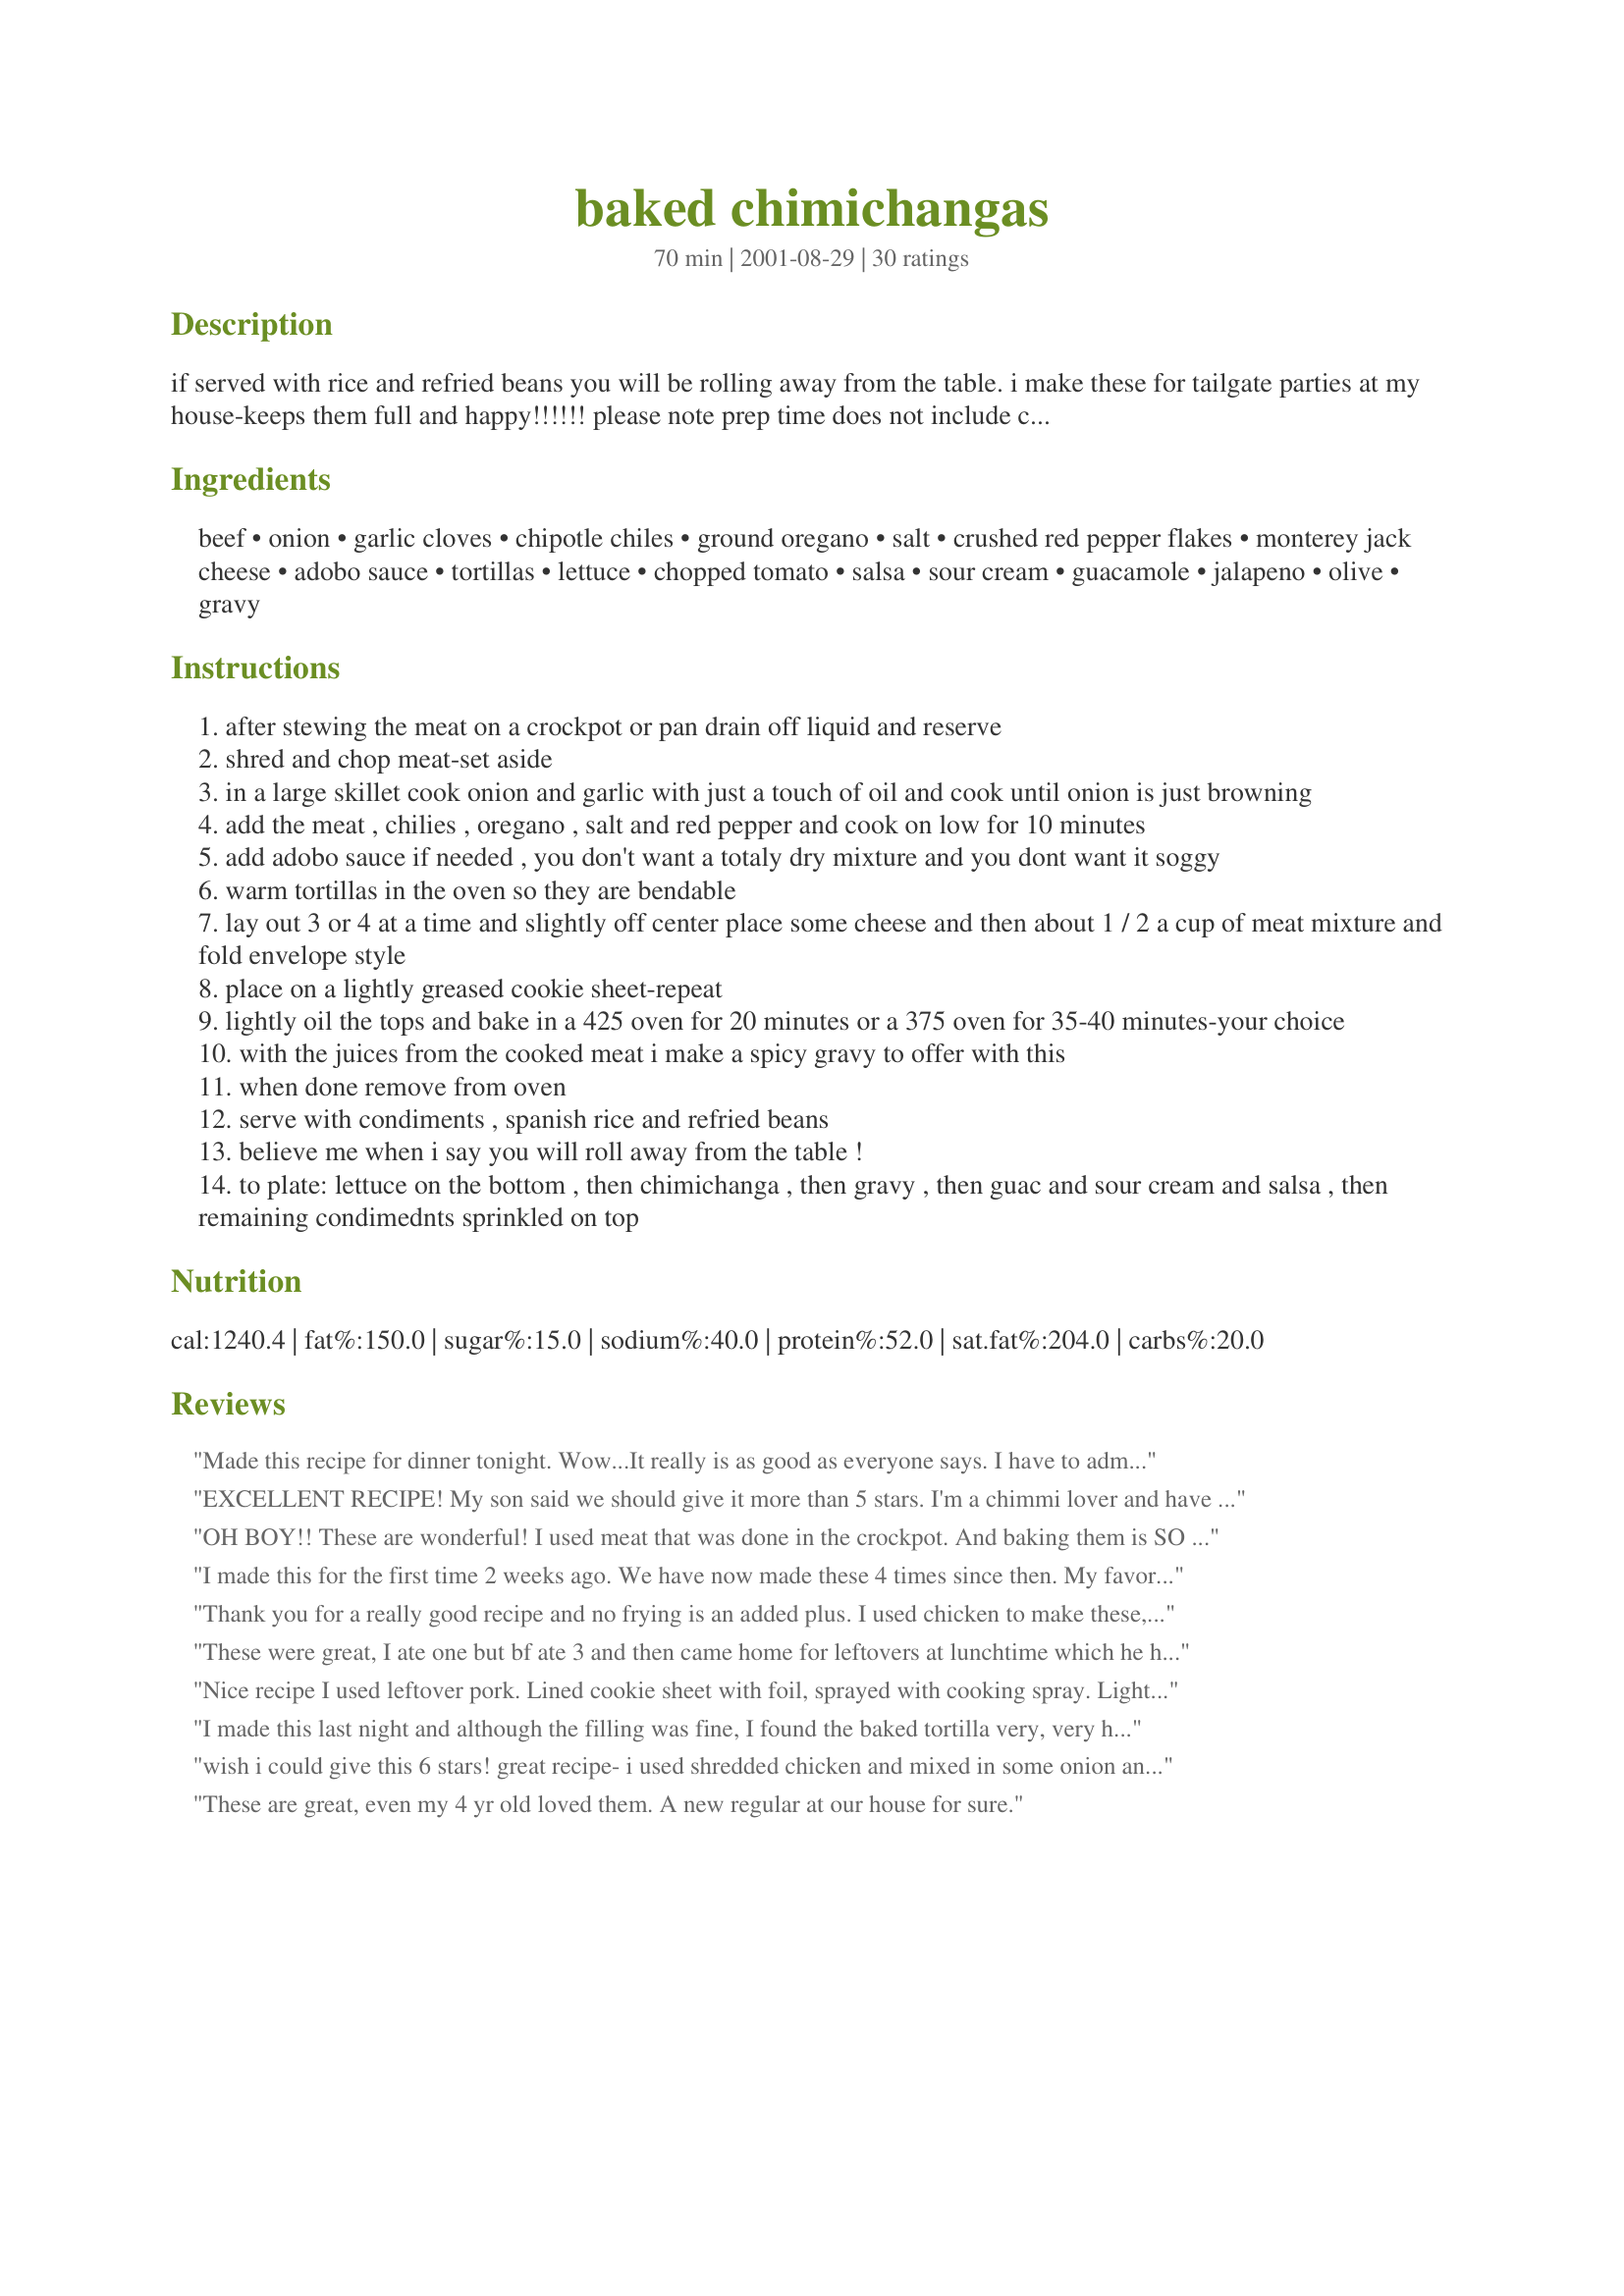
baked chimichangas
Preparation time: 70 minutes

if served with rice and refried beans you will be rolling away from the table. i make these for tailgate parties at my house-keeps them full and happy!!!!!! please note prep time does not include cooking the meat, which can be done a day in advance.

Ingredients:
beef, onion, garlic cloves, chipotle chiles, ground oregano, salt, crushed red pepper flakes, monterey jack cheese, adobo sauce, tortillas, lettuce, chopped tomato, salsa, sour cream, guacamole, jalapeno, olive, gravy

Steps:
after stewing the meat on a crockpot or pan drain off liquid and reserve
shred and chop meat-set aside
in a large skillet cook onion and garlic with just a touch of oil and cook until onion is just browning
add the meat , chilies , oregano , salt and red pepper and cook on low for 10 minutes
add adobo sauce if needed , you don't want a totaly dry mixture and you dont want it soggy
warm tortillas in the oven so they are bendable
lay out 3 or 4 at a time and slightly off center place some cheese and then about 1 / 2 a cup of meat mixture and fold envelope style
place on a lightly greased cookie sheet-repeat
lightly oil the tops and bake in a 425 oven for 20 minutes or a 375 oven for 35-40 minutes-your choice
with the juices from the cooked meat i make a spicy gravy to offer with this
when done remove from oven
serve with condiments , spanish rice and refried beans
believe me when i say you will roll away from the table !
to plate: lettuce on the bottom , then chimichanga , then gravy , then guac and sour cream and salsa , then remaining condimednts sprinkled on top

Reviews:
Made this recipe for dinner tonight. Wow...It really is as good as everyone says. I have to admit.....had to omit the chipotle chiles (didn't have any) but used some green chiles and some chopped jalapenos. Otherwise, made the recipe exactly as written. I used a left-over roast beef (shredded) and served with lettuce, tomatoes. chopped onions and picante sauce, and a side of spicy beans. Wonderful meal.....thank you.
EXCELLENT RECIPE! My son said we should give it more than 5 stars. I'm a chimmi lover and have never made them at home - this recipe is great. I cooked a small chuck roasts with some beef broth in the crock pot the day before and putting the rest together the next day was a breeze. The fact that it is baked instead of fried is a real bonus. I made a beef gravy with the juices from the roast with cayenne pepper and it topped the chimmi very well. These will be made again and again.
OH BOY!! These are wonderful! I used meat that was done in the crockpot. And baking them is SO much easier than frying. Served the way you suggested, and yes..I'm still full!!(Made them Sat. night)LOL..Thanks for a real keeper.
I made this for the first time 2 weeks ago. We have now made these 4 times since then. My favorite thing to get in Mexican restaurants is Chimichangas, but this way I'm sure is much healthier and in my opinion just as tasty. If you prefer not so spicy dishes, you may want to consider eliminating the red pepper.
Thank you for a really good recipe and no frying is an added plus. I used chicken to make these, but will try with beef next time! A definete KEEPER! Very nice. Sorry for the long delay in submitting this review, but I have finally gotten around to doing some of these review and I apologize. ;(
These were great, I ate one but bf ate 3 and then came home for leftovers at lunchtime which he hardly ever does. I didn't know what kind of chillis were being referred to or the sauce. So I substituted with chilli powder and the burritto flavouring mix that came with the burritos.
Nice recipe
I used leftover pork.
Lined cookie sheet with foil, sprayed with cooking spray. Lightly coated chimi's with oil. 
I baked at 425 for about 12-15 min. took them out when lightly brown. Still crisp but tender. I will flash freeze extras and reheat at a later time :)
I made this last night and although the filling was fine, I found the baked tortilla very, very hard and flavorless. I baked at 375 for 35 minutes.
wish i could give this 6 stars! great recipe- i used shredded chicken and mixed in some onion and garlic cooking sauce when i sauted the onions- gave it a little more kick...also made a spicy gravy out of the drippings and chicken broth...the whole family loves them- even the 2 yr old :) thanks DiNeal!
These are great, even my 4 yr old loved them. A new regular at our house for sure.
I didn't follow the filling recipe since I was using what I had on hand, but I'm still rating a 5-star based on my results. I used a piece of pork shoulder roast that I had previously cooked. It had been seasoned with a cumin-chili powder- spice blend, seared and then slow cooked with sauteed onion, garlic and diced green chilies, with chicken broth and white wine as the liquid. I shredded the meat and added some of the cooked onion/peppers and about 1/4 C broth (for 2 chimichangas) and about 2 T of cilantro pesto (homemade, frozen in ice-cube trays), plus about 1/2 tsp ground cumin and then heated to absorb excess liquid. After that I followed the recipe instructions: I wrapped the tortillas in a terry towel and warmed them in the microwave on 10% power for about 10 minutes and they softened nicely. I used a mexican cheese blend (all white cheeses) with the filling and I sprayed the tops with PAM and baked them in a 425 oven about 18 minutes. It was the first time I'd made baked chimichangas, and I was impressed with the way they crisped with minimal fat. I served with spanish rice and black olives, sliced avocados and red peppers, and garnishes of sour cream, salsa, and Kraft Mexican 4 cheese blend. With the meat pre-cooked, it was a simple and quick dinner, and very tasty! I will definately be making these again!
Mmmmmm! These were delicious! Only used 2 chipotles with some adobo sauce and 1/4 tsp. red pepper flakes as my family doesn't like things too spicy. Just the right amount of heat for them. I cooked the meat in the crockpot with some adobo seasoning sprinkled on top. Very good flavor. The tortillas turn out nice and crispy without having to fry. DH took the leftovers for lunch today (he rarely does that). Thanks DiB!
I used carne asada taco meat (pre-chopped steaks), but this was actually one of the easiest, most tasty chimichanga recipes I've tried.
My family really enjoyed these! I sprayed them with cooking spray as mentioned by another member, and they turned out surprisingly crispy! Thanks for this recipe!
I made just as directed. Delicious!
The taste was very good, once you got thru the hard tortilla shell. Next time I will fry them
I tried this last night and it was delicious. I would love to have the recipe for the spicey gravey you serve over this.
I don't know what else to say about these Chimichangas, except they are scrumptious!! I made some for my GD's and myself. My DIL got a taste and threw me down and took my recipe!! She has been making them this way ever since. I had to print a new recipe. The recipe is simple, the reviews add some new twists, to a great meal. Thanks, Di, for posting a keeper like this.
jim
I can't believe I haven't reviewed this yet. It is a fantastic recipe. We must make it at least once a month and have for a couple of years. It turns out beautifully, with no fat. It's a keeper, and we've made it with all three meats. Thanks so much, Dib!!! As usual, your recipes rock.
i actually let the meat simmer in the gravy til it was almost gone and then I just topped it with lettuce, tomatoes, salsa, sour cream and my secret ingredient.... HONEY!!
Be still my heart, all 5 of my kids ate it. Even my picky one. I can't believe she tried it bc she kept declaring she wouldn't eat it while I was making it. She has gone to bed with literally not a bite of dinner bc she refused to eat what I made (and that's her choice. There is always breakfast), so I was certain this would be one of those nights. I can't taste anything because I have a cold, but I'm sold. I served it on coleslaw mix bc I like the crunch and it stands up to the heat. We also had guacamole and sour cream. I made my own tortillas. I wish I had added more cheese to each one bc I love cheese (not that I could taste it tonight...) or made a cheese sauce. I'd love to know which one the other reviewer made. I only used 1 pepper bc I wouldn't be able to taste how hot it was for the kids, but next time when I'm not sick, I'll see if that was enough, or if I want more. Thanks for a great recipe. This one is going in my book. That's serious.
Diana, these were fantastic! I have made chimichangas before but deep fried them. I like this recipe much better then my own. I served it on a bed of lettuce as suggested but topped it off with homemade green chili that I had frozen, diced tomatoes, guacamole and sour cream. Absolutly delicious with a side of refried beans and spanish rice.
*****EXCELLENT*****
This was a huge hit!! I used chicken - didn't quite get the "gravy" thing, but I added some of the chicken cooking broth to the chicken mixture and let it simmer - or otherwise I think it would have been too dry. I made it extra special by making the tortillas from scratch - worth the effort- for sure!! Also, my favorite Mexican place serves the Chimichangas with a cheese sauce so I made a quick, easy cheese sauce to go on top. I took another reviewers advice about spraying the "Pam" before baking. Made the tortillas crispy and flaky! Delicious!!
This is certainly one of those recipes that you wish you could give 5 times the stars for. I started out with left over beef and juice that I used for your french dip recipe did not add the salt as it was already there. My family absolutely raved about this one. Spicy, crispy and oh so very very good. This will be one that I will repeat many times, my husband said it was better than any restaurant chimi's he has ever tasted and that is his all time fav. Thanks Di. You did it again!
Made these tonight for dinner using chicken and cooked the meat in the crockpot. It was very tender and flavorful. I love the idea of baking these in the oven. They turned out better than the ones that you fry in oil. We all enjoyed them and they were a breeze to put together. Thank you DiNeal for a terrific chimichanga recipe.
I was planning a taco night until I saw this recipe. These are amazing...only thing I changed was that I basted with a melted butter/olive oil mixture lightly as I was out of cooking spray. Next...I'm filling with fish, shrimp or crab. Thank you for this awesome recipe.
WOW!!
these are really really great
I made them with chicken..
I followed your recipe exactly
will from now on too
won't change anything..why mess with a great recipe
thank you!!!
Thank you for posting this! We love it!
You can make this recipe much quicker by buying Old El Paso prepared Mexican style meat and adding your own finishing touches like chipotle peppers or just using the meat lik it is.

We also use the Mexican style Cheddar-Monterey Jack cheese which gives this recipe some oomph and use the condiments on the side as you normally would.

Also, we are very fat conscious and use some Pam spray directly on the chimis as fat and they "fry" crisper than you can believe.

The important thing is using the oven cooking time posted because the poster was correct on that.

We also use shredded pork, shredded chicken or believe it or not, good crab meat in these and the taste is awesome!
